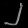
Digit: ၂